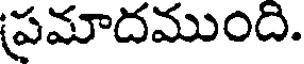
ప్రమాదముంది.